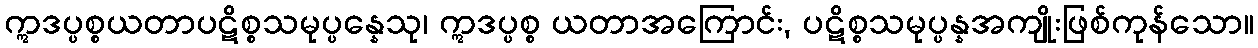
ဣဒပ္ပစ္စယတာပဋိစ္စသမုပ္ပန္နေသု၊ ဣဒပ္ပစ္စ ယတာအကြောင်း, ပဋိစ္စသမုပ္ပန္နအကျိုးဖြစ်ကုန်သော။